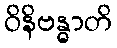
ဝိနိဗန္ဓာတိ